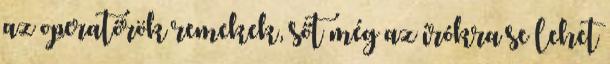
az operatőrök remekek, sőt még az írókra se lehet